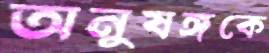
অনুষঙ্গকে